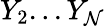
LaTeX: Y_{2}...Y_{\mathcal{N}}